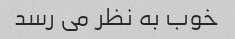
خوب به نظر می رسد